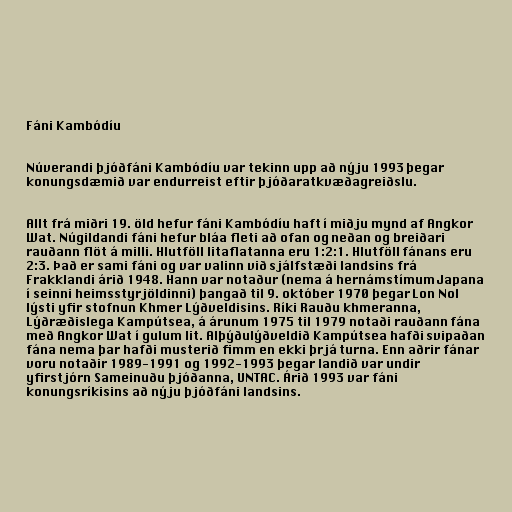
Fáni Kambódíu

Núverandi þjóðfáni Kambódíu var tekinn upp að nýju 1993 þegar
konungsdæmið var endurreist eftir þjóðaratkvæðagreiðslu.

Allt frá miðri 19. öld hefur fáni Kambódíu haft í miðju mynd af Angkor
Wat. Núgildandi fáni hefur bláa fleti að ofan og neðan og breiðari
rauðann flöt á milli. Hlutföll litaflatanna eru 1:2:1. Hlutföll fánans eru
2:3. Það er sami fáni og var valinn við sjálfstæði landsins frá
Frakklandi árið 1948. Hann var notaður (nema á hernámstímum Japana
í seinni heimsstyrjöldinni) þangað til 9. október 1970 þegar Lon Nol
lýsti yfir stofnun Khmer Lýðveldisins. Ríki Rauðu khmeranna,
Lýðræðislega Kampútsea, á árunum 1975 til 1979 notaði rauðann fána
með Angkor Wat í gulum lit. Alþýðulýðveldið Kampútsea hafði svipaðan
fána nema þar hafði musterið fimm en ekki þrjá turna. Enn aðrir fánar
voru notaðir 1989-1991 og 1992-1993 þegar landið var undir
yfirstjórn Sameinuðu þjóðanna, UNTAC. Árið 1993 var fáni
konungsríkisins að nýju þjóðfáni landsins.